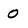
Character: 0